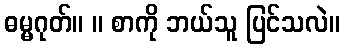
ဓမ္မဂုတ်။ ။ စာကို ဘယ်သူ ပြင်သလဲ။